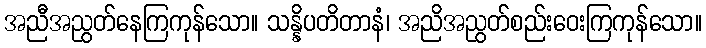
အညီအညွတ်နေကြကုန်သော။ သန္နိပတိတာနံ၊ အညိအညွတ်စည်းဝေးကြကုန်သော။